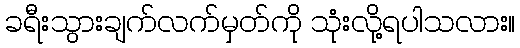
ခရီးသွားချက်လက်မှတ်ကို သုံးလို့ရပါသလား။